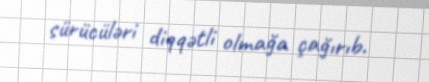
sürücüləri diqqətli olmağa çağırıb.